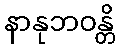
နာနုဘဝန္တိ